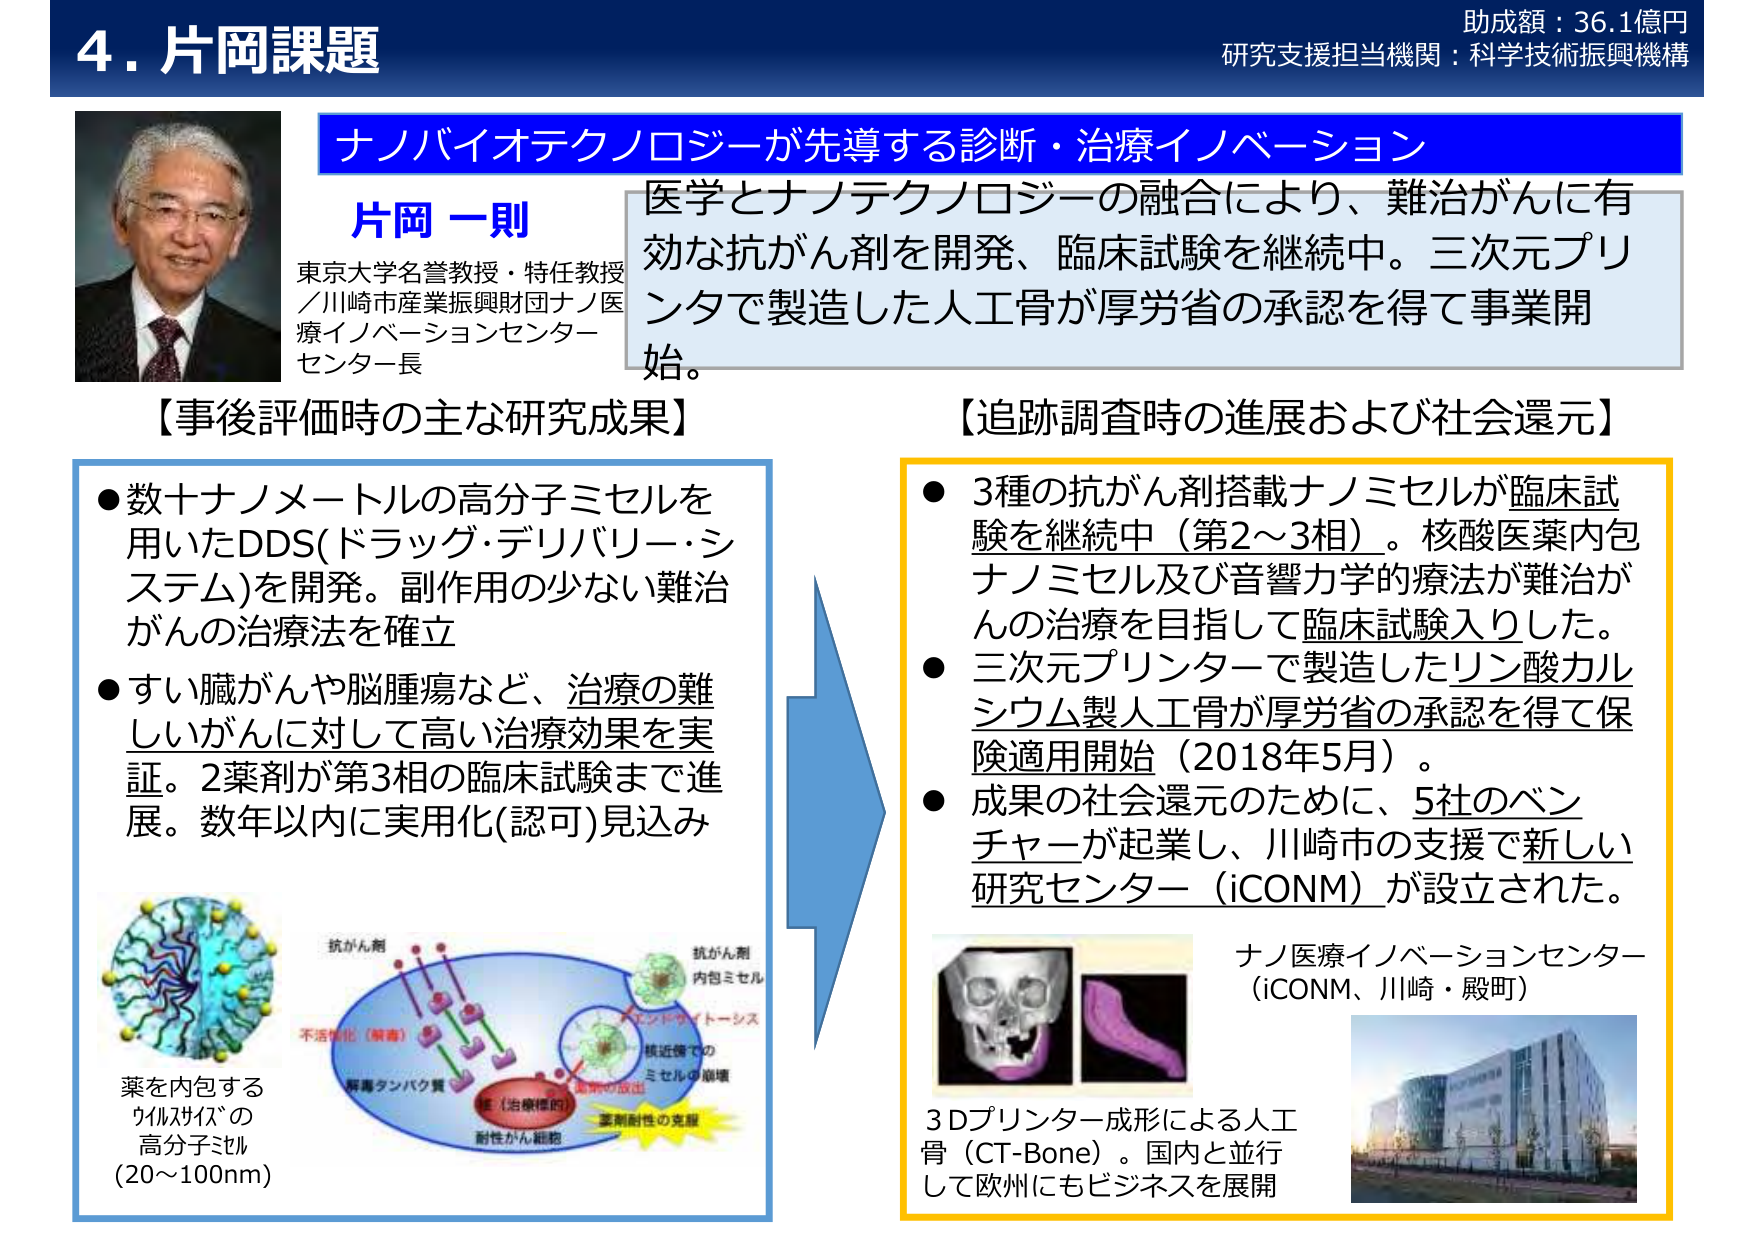
4. 片岡課題
助成額：36.1億円
研究支援担当機関：科学技術振興機構

ナノバイオテクノロジーが先導する診断・治療イノベーション

片岡 一則
東京大学名誉教授・特任教授
／川崎市産業振興財団ナノ医療イノベーションセンター長

医学とナノテクノロジーの融合により、難治がんに有効な抗がん剤を開発、臨床試験を継続中。三次元プリンタで製造した人工骨が厚労省の承認を得て事業開始。

【事後評価時の主な研究成果】
● 数十ナノメートルの高分子ミセルを用いたDDS(ドラッグ・デリバリー・システム)を開発。副作用の少ない難治がんの治療法を確立
● すい臓がんや脳腫瘍など、治療の難しいがんに対して高い治療効果を実証。2薬剤が第3相の臨床試験まで進展。数年以内に実用化(認可)見込み

薬を内包する
ウルツイジの
高分子ミセル
(20～100nm)

抗がん剤
不活性化（解毒）
解毒タンパク質
抗がん剤
内包ミセル
エンドサイトーシス
核近傍での
ミセルの崩壊
薬の放出
薬剤耐性の克服
（治療標的）
耐性がん細胞

【追跡調査時の進展および社会還元】
● 3種の抗がん剤搭載ナノミセルが臨床試験を継続中（第2～3相）。核酸医薬内包ナノミセル及び音響力学的療法が難治がんの治療を目指して臨床試験入りした。
● 三次元プリンターで製造したリン酸カルシウム製人工骨が厚労省の承認を得て保険適用開始（2018年5月）。
● 成果の社会還元のために、5社のベンチャーが起業し、川崎市の支援で新しい研究センター（iCONM）が設立された。

ナノ医療イノベーションセンター
（iCONM、川崎・殿町）

3Dプリンター成形による人工骨（CT-Bone）。国内と並行して欧州にもビジネスを展開